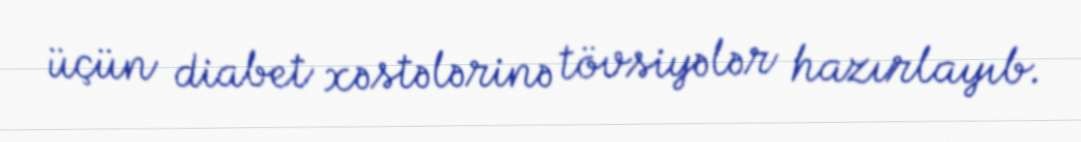
üçün diabet xəstələrinə tövsiyələr hazırlayıb.